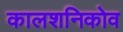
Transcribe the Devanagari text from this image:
कालशनिकोव